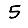
Digit: 5